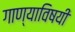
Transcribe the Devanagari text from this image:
गाण्याविषयी